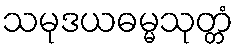
သမုဒယဓမ္မသုတ္တံ